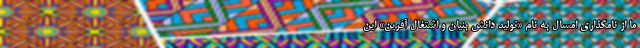
ما از نامگذاری امسال به نام «تولید دانش بنیان و اشتغال آفرین» این